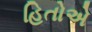
હિતોએ